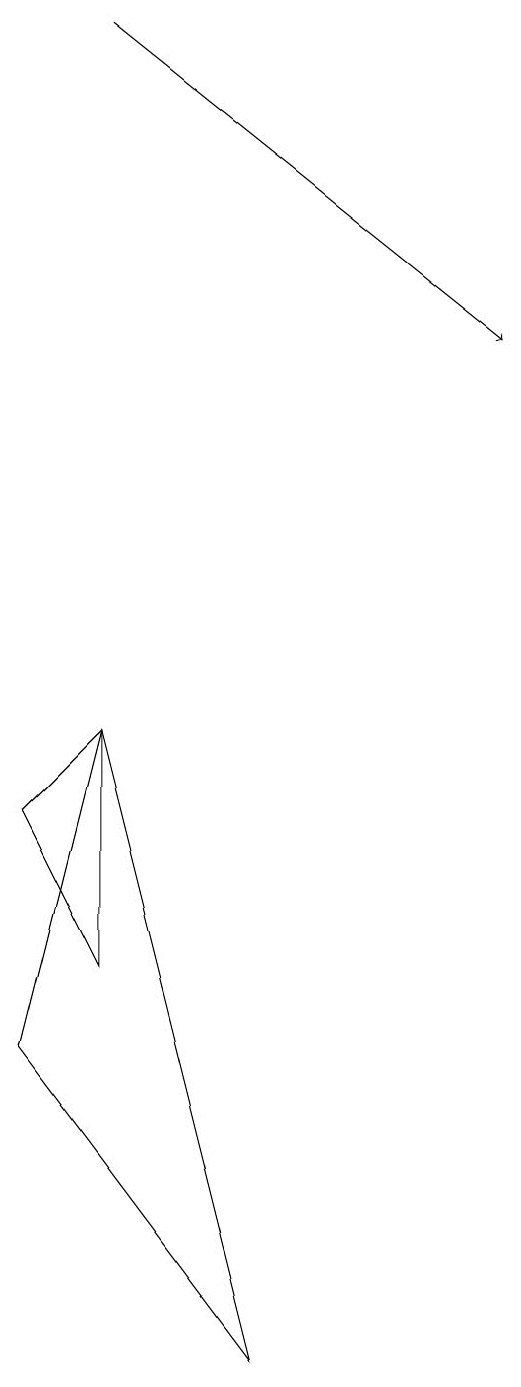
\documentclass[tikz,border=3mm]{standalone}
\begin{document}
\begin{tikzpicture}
\draw[->] (3,17) -- (8,13);
\draw (3,5) -- (2,7) -- (3,8) -- cycle;
\draw (3,8) -- (5,0) -- (2,4) -- cycle;
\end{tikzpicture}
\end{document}